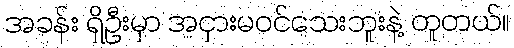
အခန်း ရှိဦးမှာ အငှားမဝင်သေးဘူးနဲ့ တူတယ်။